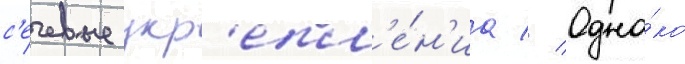
с'ечевые укр'епл'е́н'иа // Одна́ко